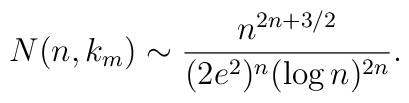
N(n,k_m) \sim \frac{n^{2n+3/2}}{(2e^2)^n (\log n)^{2n}}.